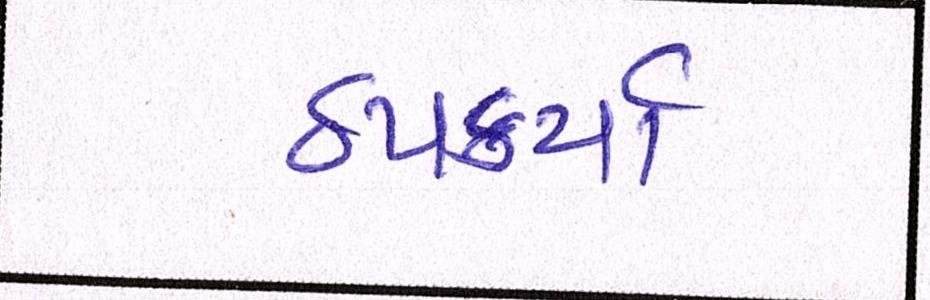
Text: ઠપકર્યા